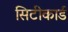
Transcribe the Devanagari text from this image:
सिटीकार्ड